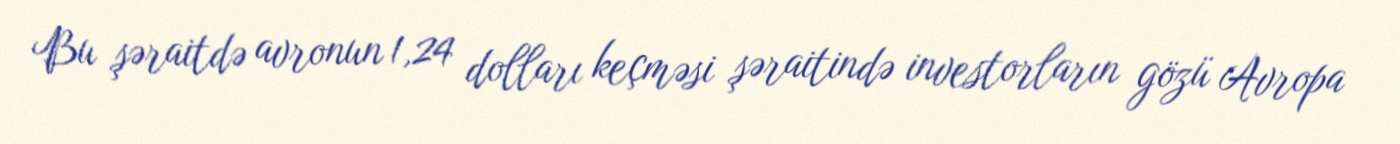
Bu şəraitdə avronun 1,24 dolları keçməsi şəraitində investorların gözü Avropa